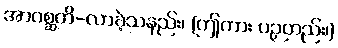
အာဂစ္ဆတိ-လာခဲ့သနည်း၊ (ဤကား ပဉှတည်း၊)